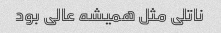
ناتلی مثل همیشه عالی بود